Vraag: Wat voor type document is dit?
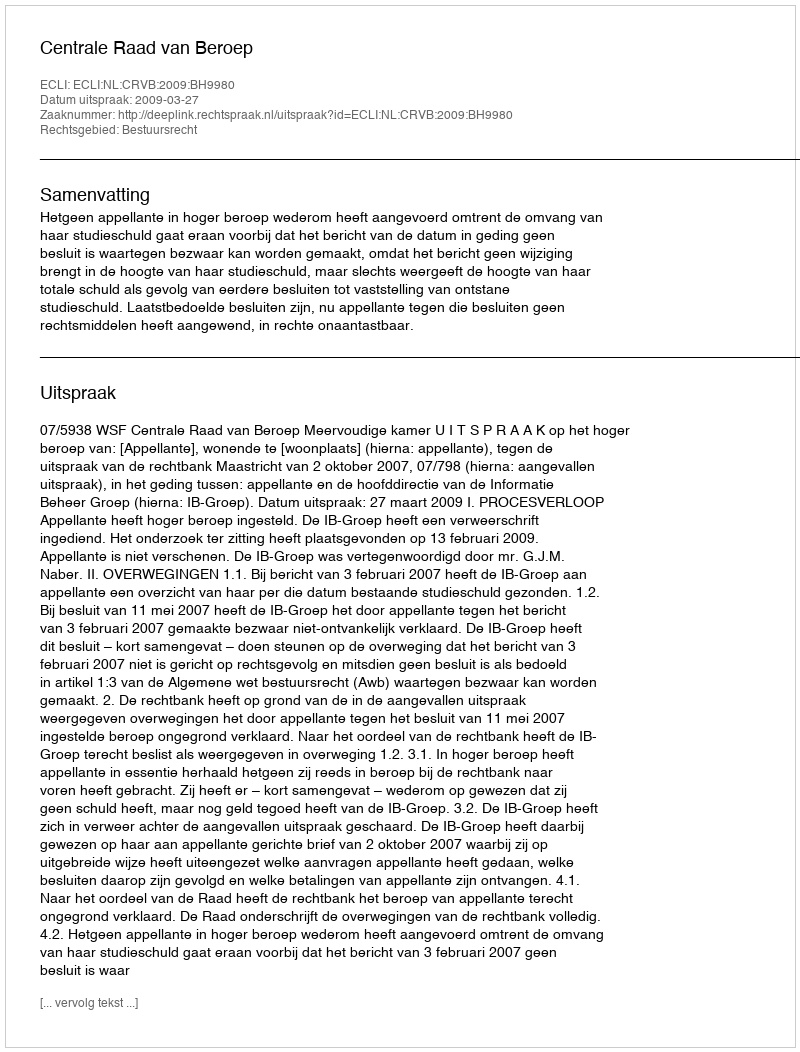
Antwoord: Uitspraak